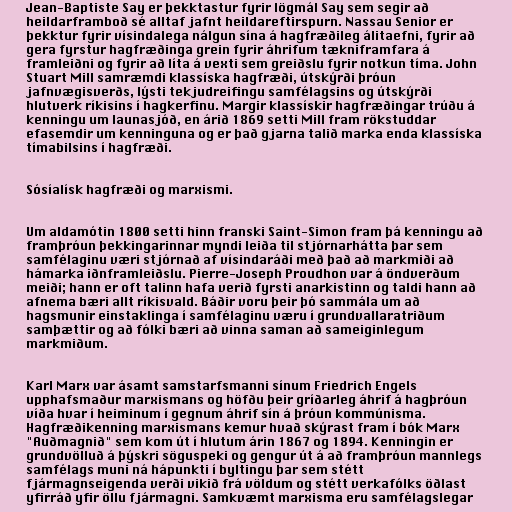
Jean-Baptiste Say er þekktastur fyrir lögmál Say sem segir að
heildarframboð sé alltaf jafnt heildareftirspurn. Nassau Senior er
þekktur fyrir vísindalega nálgun sína á hagfræðileg álitaefni, fyrir að
gera fyrstur hagfræðinga grein fyrir áhrifum tækniframfara á
framleiðni og fyrir að líta á vexti sem greiðslu fyrir notkun tíma. John
Stuart Mill samræmdi klassíska hagfræði, útskýrði þróun
jafnvægisverðs, lýsti tekjudreifingu samfélagsins og útskýrði
hlutverk ríkisins í hagkerfinu. Margir klassískir hagfræðingar trúðu á
kenningu um launasjóð, en árið 1869 setti Mill fram rökstuddar
efasemdir um kenninguna og er það gjarna talið marka enda klassíska
tímabilsins í hagfræði.

Sósíalísk hagfræði og marxismi.

Um aldamótin 1800 setti hinn franski Saint-Simon fram þá kenningu að
framþróun þekkingarinnar myndi leiða til stjórnarhátta þar sem
samfélaginu væri stjórnað af vísindaráði með það að markmiði að
hámarka iðnframleiðslu. Pierre-Joseph Proudhon var á öndverðum
meiði; hann er oft talinn hafa verið fyrsti anarkistinn og taldi hann að
afnema bæri allt ríkisvald. Báðir voru þeir þó sammála um að
hagsmunir einstaklinga í samfélaginu væru í grundvallaratriðum
samþættir og að fólki bæri að vinna saman að sameiginlegum
markmiðum.

Karl Marx var ásamt samstarfsmanni sínum Friedrich Engels
upphafsmaður marxismans og höfðu þeir gríðarleg áhrif á hagþróun
víða hvar í heiminum í gegnum áhrif sín á þróun kommúnisma.
Hagfræðikenning marxismans kemur hvað skýrast fram í bók Marx
"Auðmagnið" sem kom út í hlutum árin 1867 og 1894. Kenningin er
grundvölluð á þýskri söguspeki og gengur út á að framþróun mannlegs
samfélags muni ná hápunkti í byltingu þar sem stétt
fjármagnseigenda verði vikið frá völdum og stétt verkafólks öðlast
yfirráð yfir öllu fjármagni. Samkvæmt marxisma eru samfélagslegar